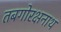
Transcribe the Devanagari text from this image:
तबगोरक्षनाथ